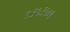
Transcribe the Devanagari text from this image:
१३५३५०१